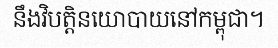
នឹងវិបត្តិនយោបាយនៅកម្ពុជា។